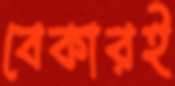
বেকারই